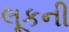
લૂકની